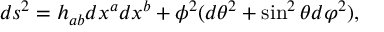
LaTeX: d s ^ { 2 } = h _ { a b } d x ^ { a } d x ^ { b } + \phi ^ { 2 } ( d \theta ^ { 2 } + \sin ^ { 2 } \theta d \varphi ^ { 2 } ) ,